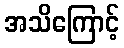
အသိကြောင့်